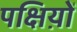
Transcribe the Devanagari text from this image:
पक्षिय़ों